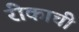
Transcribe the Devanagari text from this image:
रीकाची